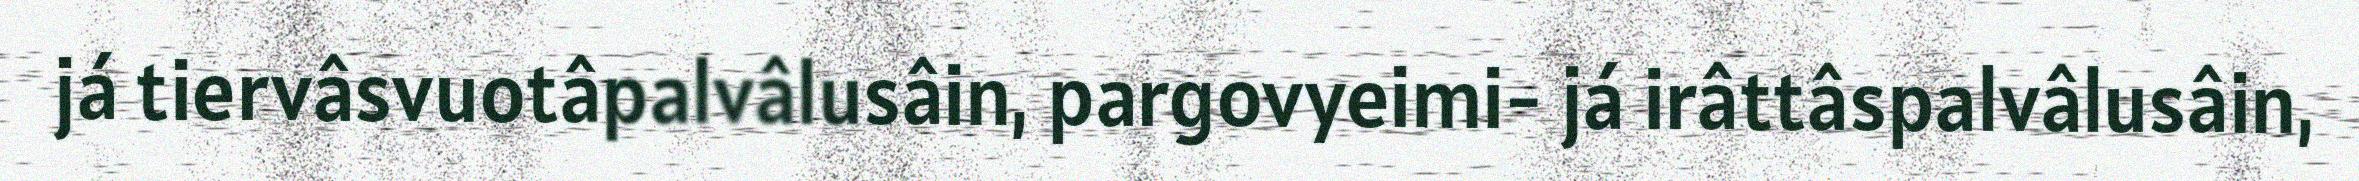
já tiervâsvuotâpalvâlusâin, pargovyeimi- já irâttâspalvâlusâin,